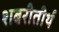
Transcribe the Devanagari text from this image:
शबरीतीर्थ